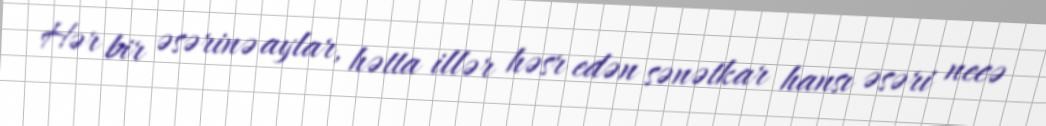
Hər bir əsərinə aylar, hətta illər həsr edən sənətkar hansı əsəri necə